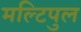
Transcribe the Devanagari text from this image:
मल्टिपुल